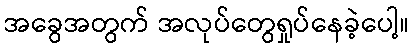
အခွေအတွက် အလုပ်တွေရှုပ်နေခဲ့ပေါ့။